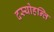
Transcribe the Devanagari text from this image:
दस्योहन्ति